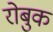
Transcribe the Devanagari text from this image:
रोबुक